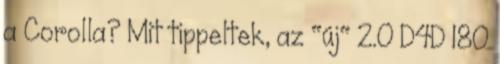
a Corolla? Mit tippeltek, az "új" 2.0 D4D 180